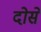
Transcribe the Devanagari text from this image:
दोसे